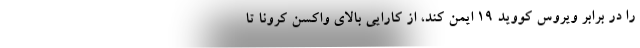
را در برابر ویروس کووید ۱۹ ایمن کند، از کارایی بالای واکسن کرونا تا